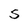
Character: S